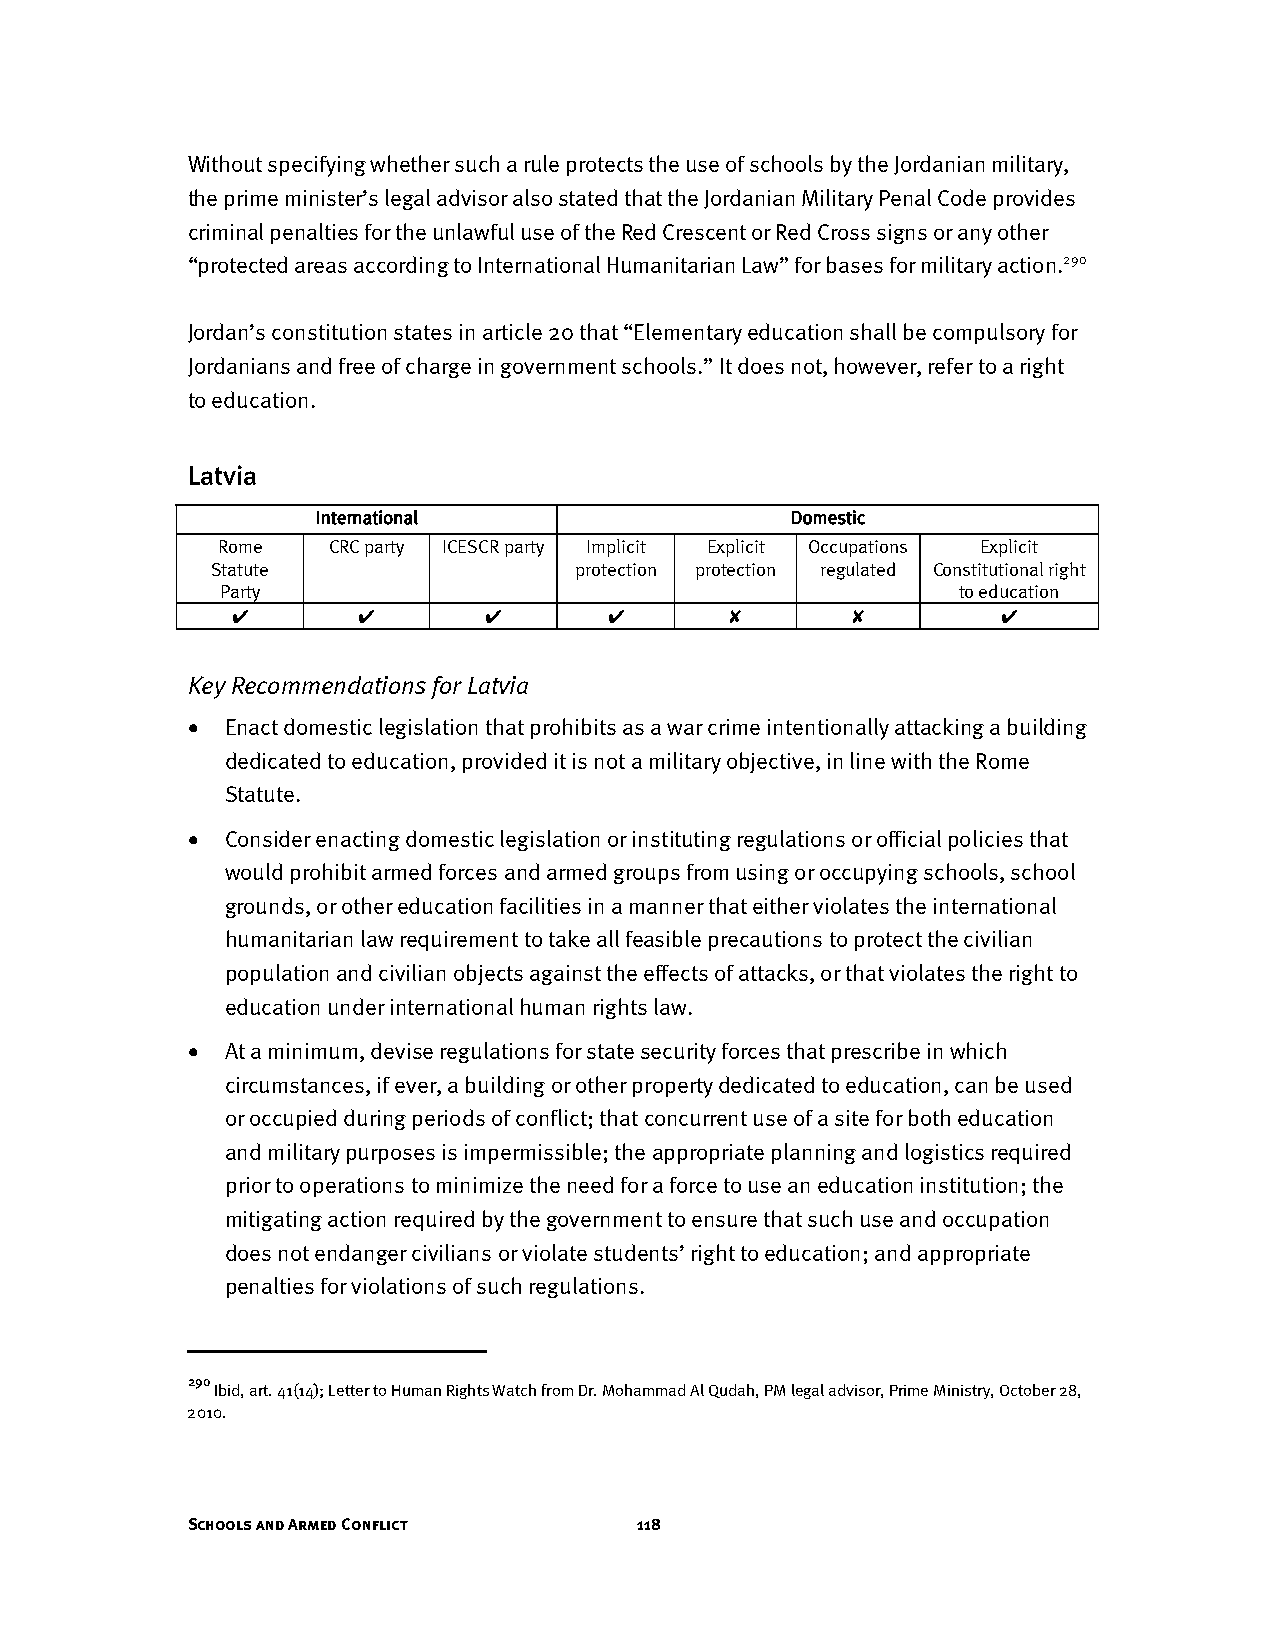
Without specifying whether such a rule protects the use of schools by the Jordanian military,
 the prime minister’s legal advisor also stated that the Jordanian Military Penal Code provides
 criminal penalties for the unlawful use of the Red Crescent or Red Cross signs or any other
 “protected areas according to International Humanitarian Law” for bases for military action.290
 Jordan’s constitution states in article 20 that “Elementary education shall be compulsory for
 Jordanians and free of charge in government schools.” It does not, however, refer to a right
 to education.
 Latvia
 International                  Domestic
 Rome    CRC party ICESCR party Implicit Explicit Occupations Explicit
 Statute                 protection protection regulated Constitutional right
 Party                                           to education
 ✔        ✔       ✔       ✔       ✘       ✘         ✔
 Key Recommendations for Latvia
 •  Enact domestic legislation that prohibits as a war crime intentionally attacking a building
 dedicated to education, provided it is not a military objective, in line with the Rome
 Statute.
 •  Consider enacting domestic legislation or instituting regulations or official policies that
 would prohibit armed forces and armed groups from using or occupying schools, school
 grounds, or other education facilities in a manner that either violates the international
 humanitarian law requirement to take all feasible precautions to protect the civilian
 population and civilian objects against the effects of attacks, or that violates the right to
 education under international human rights law.
 •  At a minimum, devise regulations for state security forces that prescribe in which
 circumstances, if ever, a building or other property dedicated to education, can be used
 or occupied during periods of conflict; that concurrent use of a site for both education
 and military purposes is impermissible; the appropriate planning and logistics required
 prior to operations to minimize the need for a force to use an education institution; the
 mitigating action required by the government to ensure that such use and occupation
 does not endanger civilians or violate students’ right to education; and appropriate
 penalties for violations of such regulations.
 290
 Ibid, art. 41(14); Letter to Human Rights Watch from Dr. Mohammad Al Qudah, PM legal advisor, Prime Ministry, October 28,
 2010.
 Schools and Armed Conflict    118